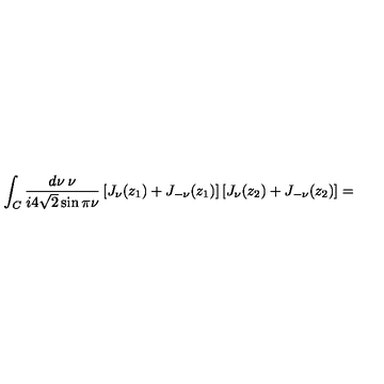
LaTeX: \int _ { C } \frac { d \nu \: \nu } { i 4 \sqrt { 2 } \sin \pi \nu } \left[ J _ { \nu } ( z _ { 1 } ) + J _ { - \nu } ( z _ { 1 } ) \right] \left[ J _ { \nu } ( z _ { 2 } ) + J _ { - \nu } ( z _ { 2 } ) \right] =